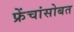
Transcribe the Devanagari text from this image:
फ्रेंचांसोबत